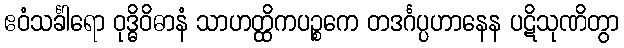
ဧဝံသင်္ခါရော ဝုဒ္ဓိဝိဓာနံ သာဟတ္ထိကပဉ္စကေ တဒင်္ဂပ္ပဟာနေန ပဋိသုဏိတွာ